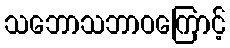
သဘောသဘာဝကြောင့်